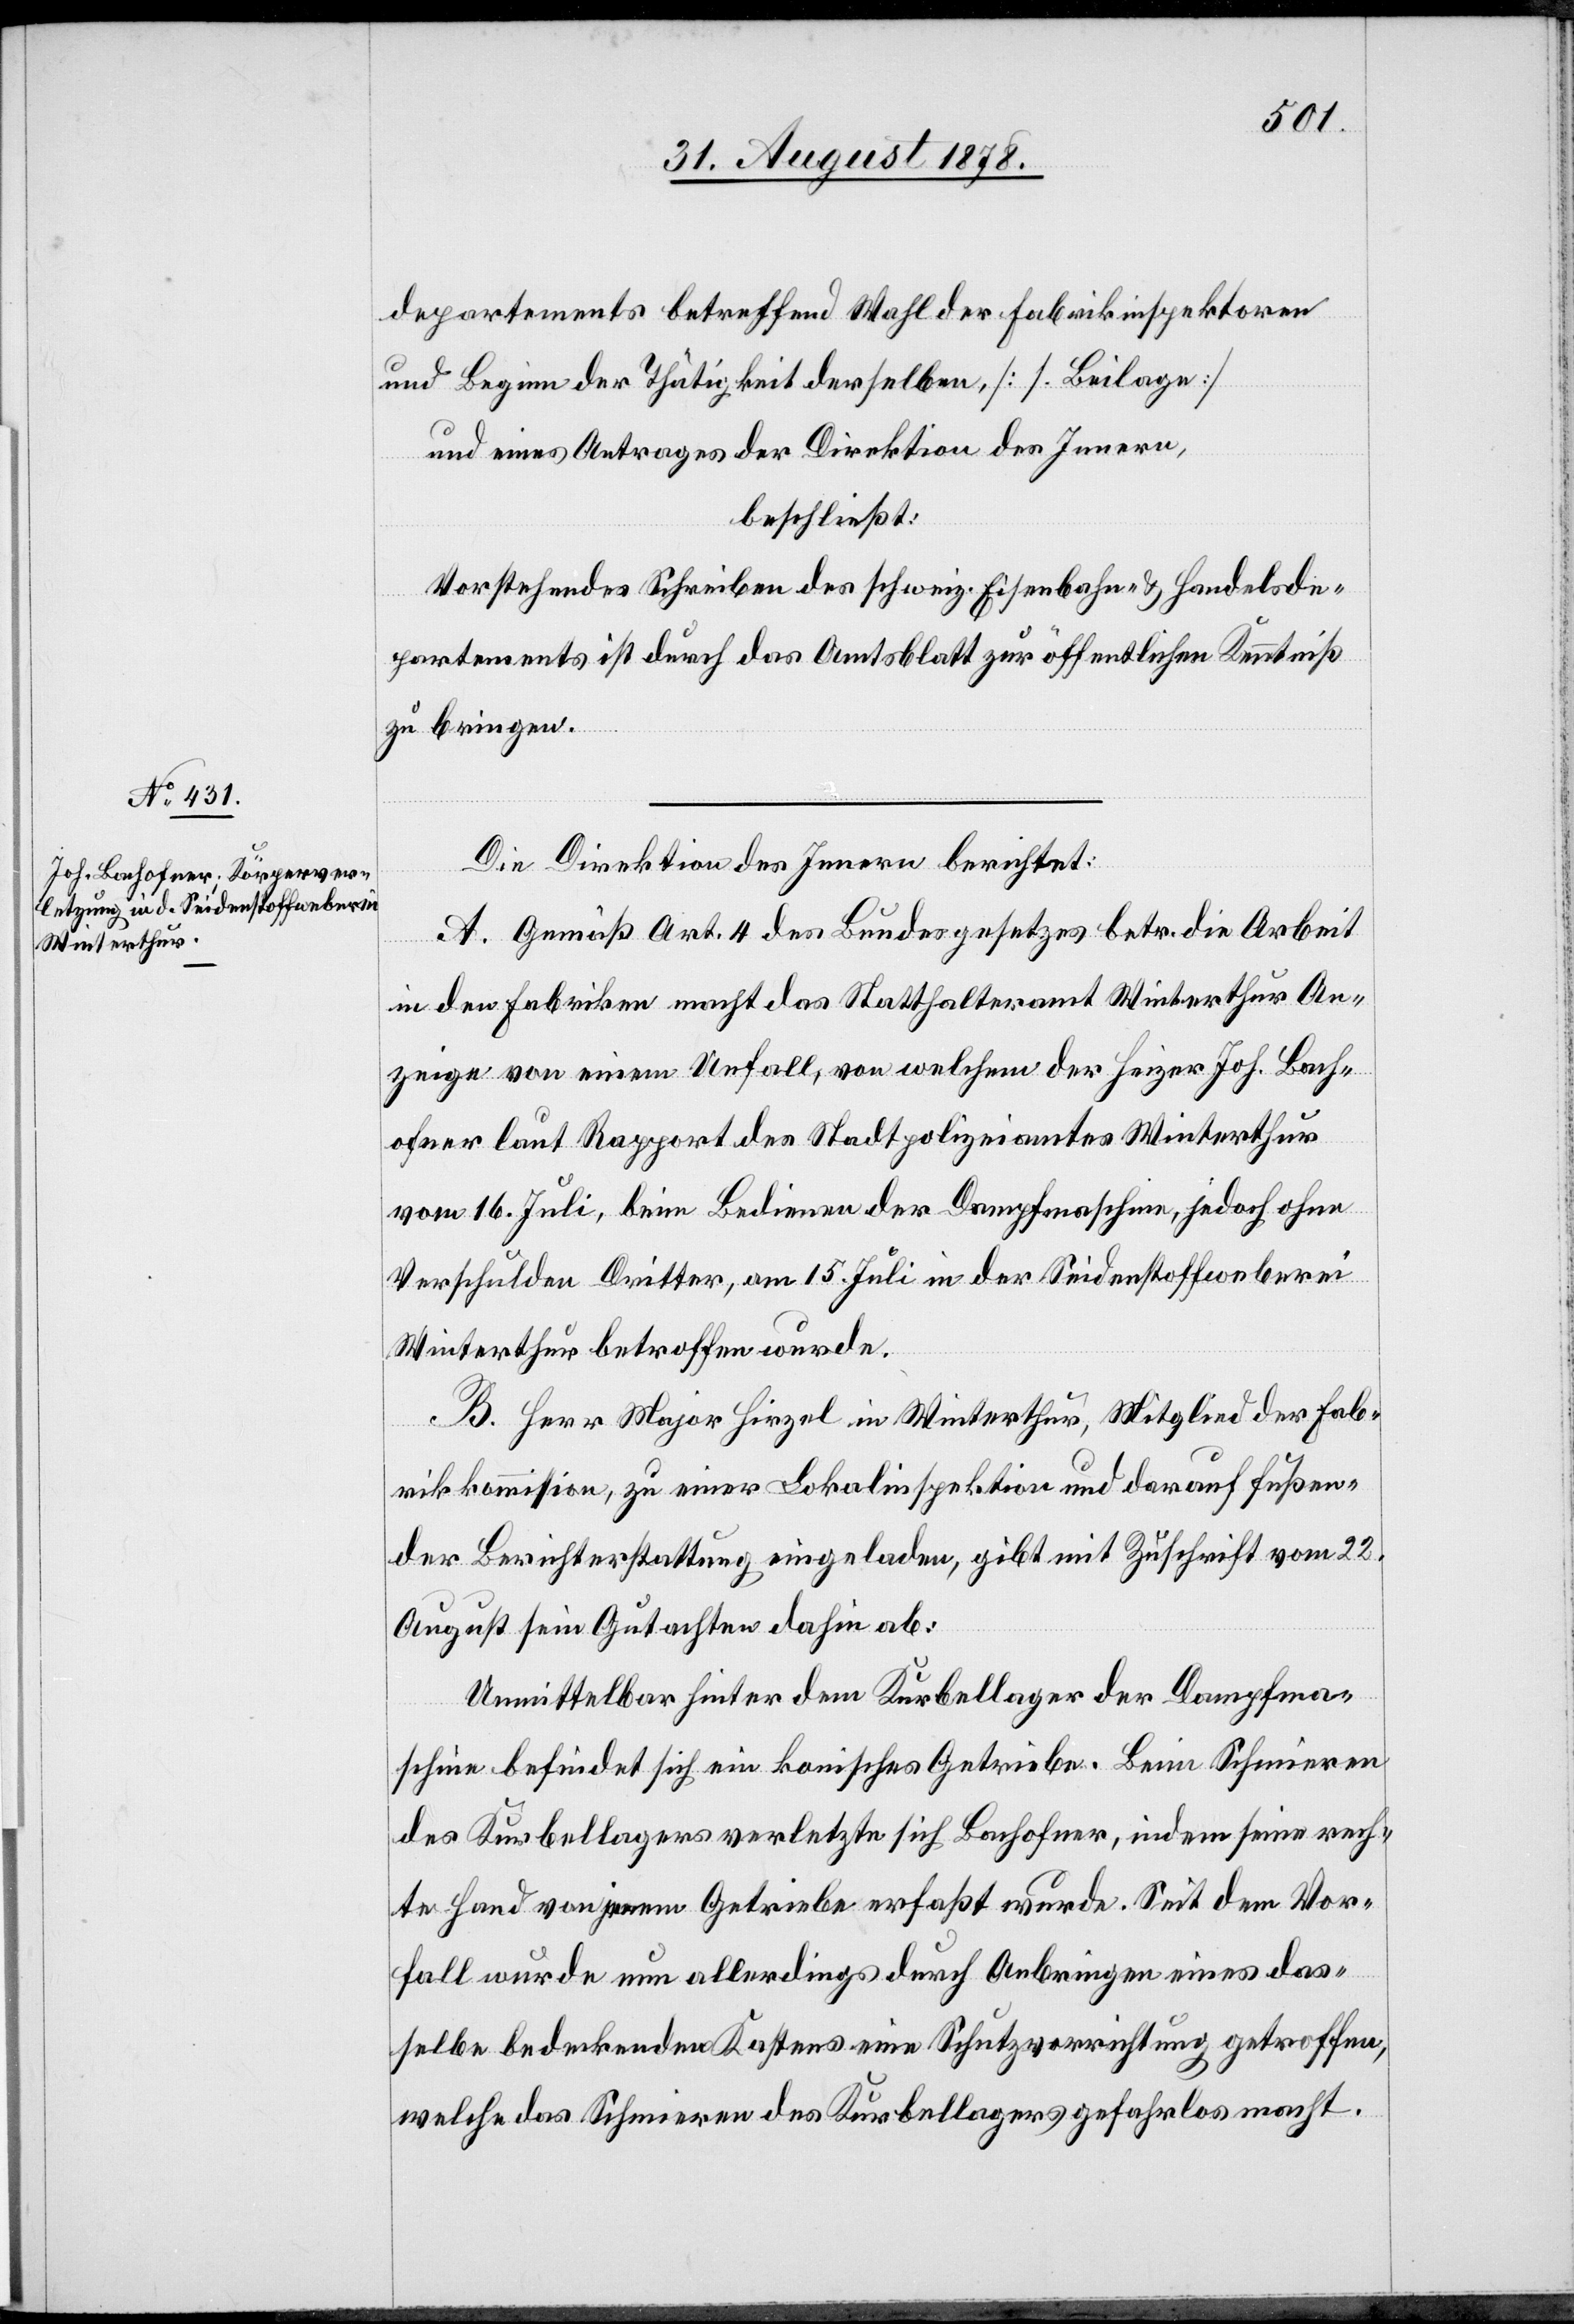
departements betreffend Wahl er Fabrikinspektoren
und Beginn der Thätigkeit derselben, [s. Beilage]
und eines Antrages der Direktion des Innern,
beschließt:
Vorstehendes Schreiben des schweiz. Eisenbahn- & Handelsde¬
partements ist durch das Amtsblatt zur öffentlichen Kenntniß
zu bringen.
Die Direktion des Innern berichtet:
A. Gemäß Art. 4 des Bundesgesetzes betr. die Arbeit
in den Fabriken macht das Statthalteramt Winterthur An¬
zeige von einem Unfall, von welchem der Heizer Joh. Bach¬
ofner laut Rapport des Stadtpolizeiamtes Winterthur
vom 16. Juli, beim Bedienen der Dampfmaschine, jedoch ohne
Verschulden Dritter, am 15. Juli in der Seidenstoffweberei
Winterthur betroffen wurde.
B. Herr Major Hirzel in Winterthur, Mitglied der Fab¬
rikkommission, zu einer Lokalinspektion und darauf fußen¬
der Berichterstattung eingeladen, gibt mit Zuschrift vom 22.
August sein Gutachten dahin ab:
Unmittelbar hinter dem Kurbellager der Dampfma¬
schine befindet sich ein konisches Getriebe. Beim Schmieren
des Kurbellagers verletzte sich Bachofner, indem seine rech¬
te Hand von jenem Getriebe erfasst wurde. Seit dem Vor¬
fall wurde nun allerdings durch Anbringen eines das¬
selbe bedeckenden Kastens eine Schutzvorrichtung getroffen,
welche das Schmieren des Kurbellagers gefahrlos macht.